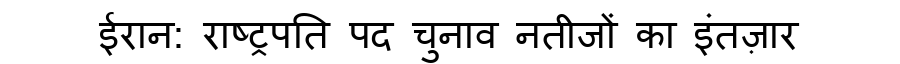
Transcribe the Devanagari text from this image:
ईरान: राष्ट्रपति पद चुनाव नतीजों का इंतज़ार